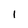
Character: l